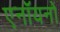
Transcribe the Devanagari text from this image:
एनॉयनों